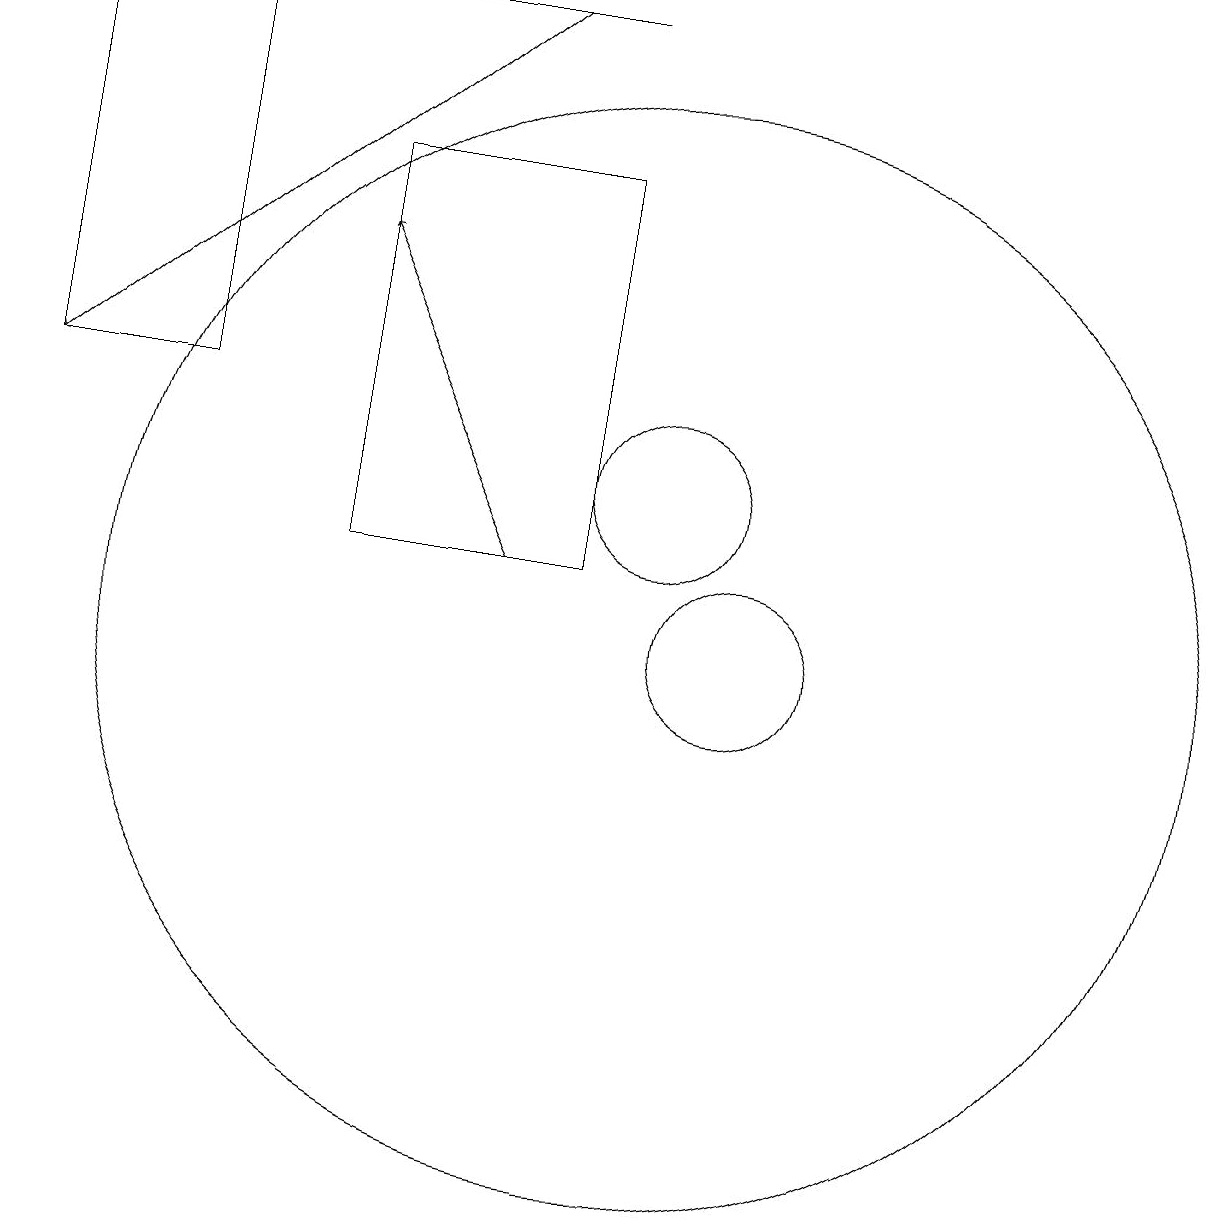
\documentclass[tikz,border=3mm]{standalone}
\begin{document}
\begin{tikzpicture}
\draw[->] (8,18) -- (2,13);
\draw (4,18) rectangle (2,13);
\draw[->] (8,11) -- (6,15);
\draw (9,11) rectangle (6,16);
\draw (10,10) circle (7);
\draw (10,12) circle (1);
\draw (9,18) rectangle (5,18);
\draw (11,10) circle (1);
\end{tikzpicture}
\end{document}